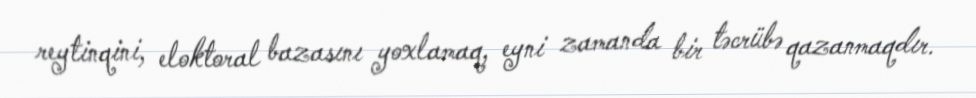
reytinqini, eloktoral bazasını yoxlamaq, eyni zamanda bir təcrübə qazanmaqdır.